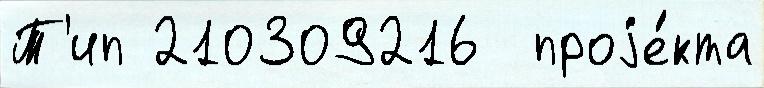
Т'ип 210309216  проjе́кта